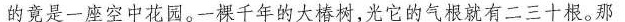
的竟是一座空中花园。一棵千年的大椿树，光它的气根就有二三十根。那